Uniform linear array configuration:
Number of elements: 24
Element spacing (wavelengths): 0.75
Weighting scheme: binomial
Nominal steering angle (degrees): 0
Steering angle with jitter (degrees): -0.8119
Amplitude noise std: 0.05
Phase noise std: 0.05

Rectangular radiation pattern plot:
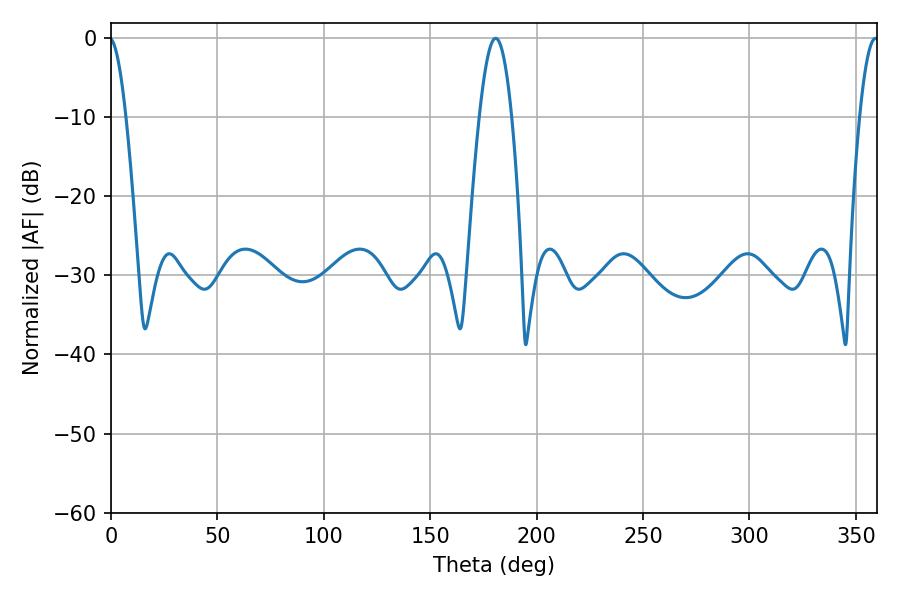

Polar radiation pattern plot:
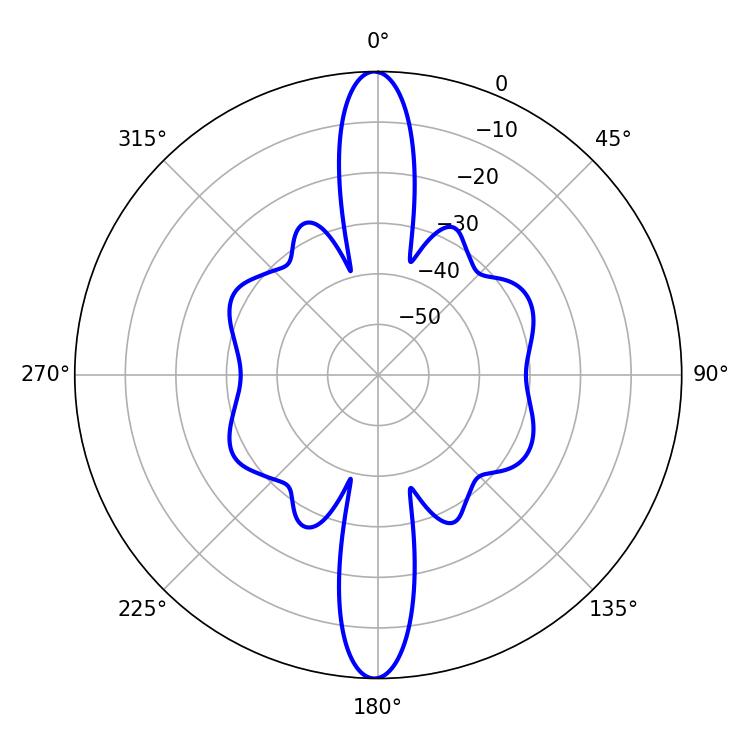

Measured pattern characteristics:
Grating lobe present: TRUE
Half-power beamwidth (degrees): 8.28
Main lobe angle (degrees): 180.72